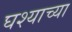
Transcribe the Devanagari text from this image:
घश्याच्या